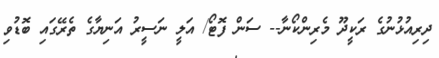
ދިރިއުޅުނުގެ ރަކީދޫ މެރިންކޯނާ-- ސަން ފޮޓޯ/ އަލީ ނަސީރު އަނިޔާގެ ތެރޭގައި ބޮޑުވި